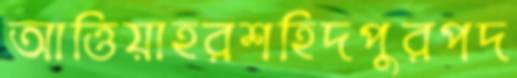
আত্তিয়াহরশহিদপুরপদ